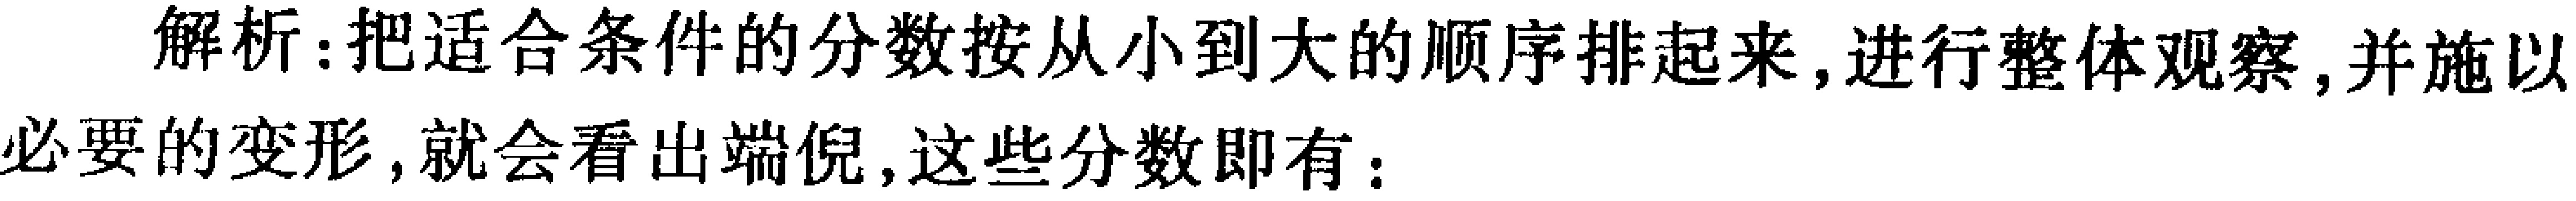
解析：把适合条件的分数按从小到大的顺序排起来，进行整体观察，并施以必要的变形，就会看出端倪，这些分数即有：